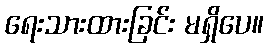
ရေးသားထားခြင်း မရှိပေ။